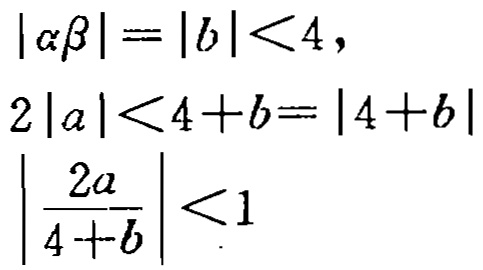
\[
\begin{align*}
|\alpha\beta|&=|b|<4,\\
2|a|&<4 + b=|4 + b|\\
\left|\frac{2a}{4 + b}\right|&<1
\end{align*}
\]